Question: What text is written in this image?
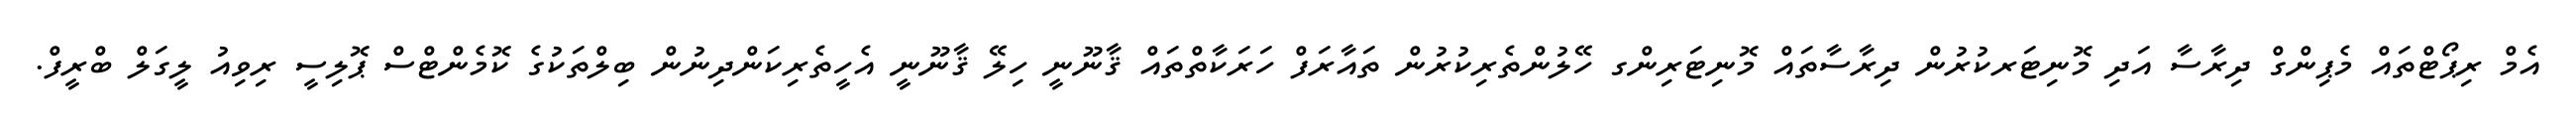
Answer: އެމް ރިޕޯޓްތައް މެޕިންގް ދިރާސާ އަދި މޮނިޓަރކުރުން ދިރާސާތައް މޮނިޓަރިންގ ހޭލުންތެރިކުރުން ތައާރަފް ހަރަކާތްތައް ޤާނޫނީ ހިލޭ ޤާނޫނީ އެހީތެރިކަންދިނުން ބިލްތަކުގެ ކޮމެންޓްސް ޕޮލިސީ ރިވިއު ލީގަލް ބްރީފް.